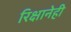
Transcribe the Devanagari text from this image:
रिक्षानेही